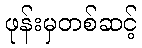
ဖုန်းမှတစ်ဆင့်